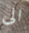
الى